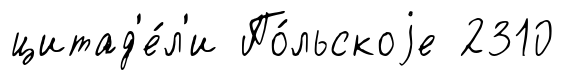
цитад'е́л'и По́льскоjе 2310